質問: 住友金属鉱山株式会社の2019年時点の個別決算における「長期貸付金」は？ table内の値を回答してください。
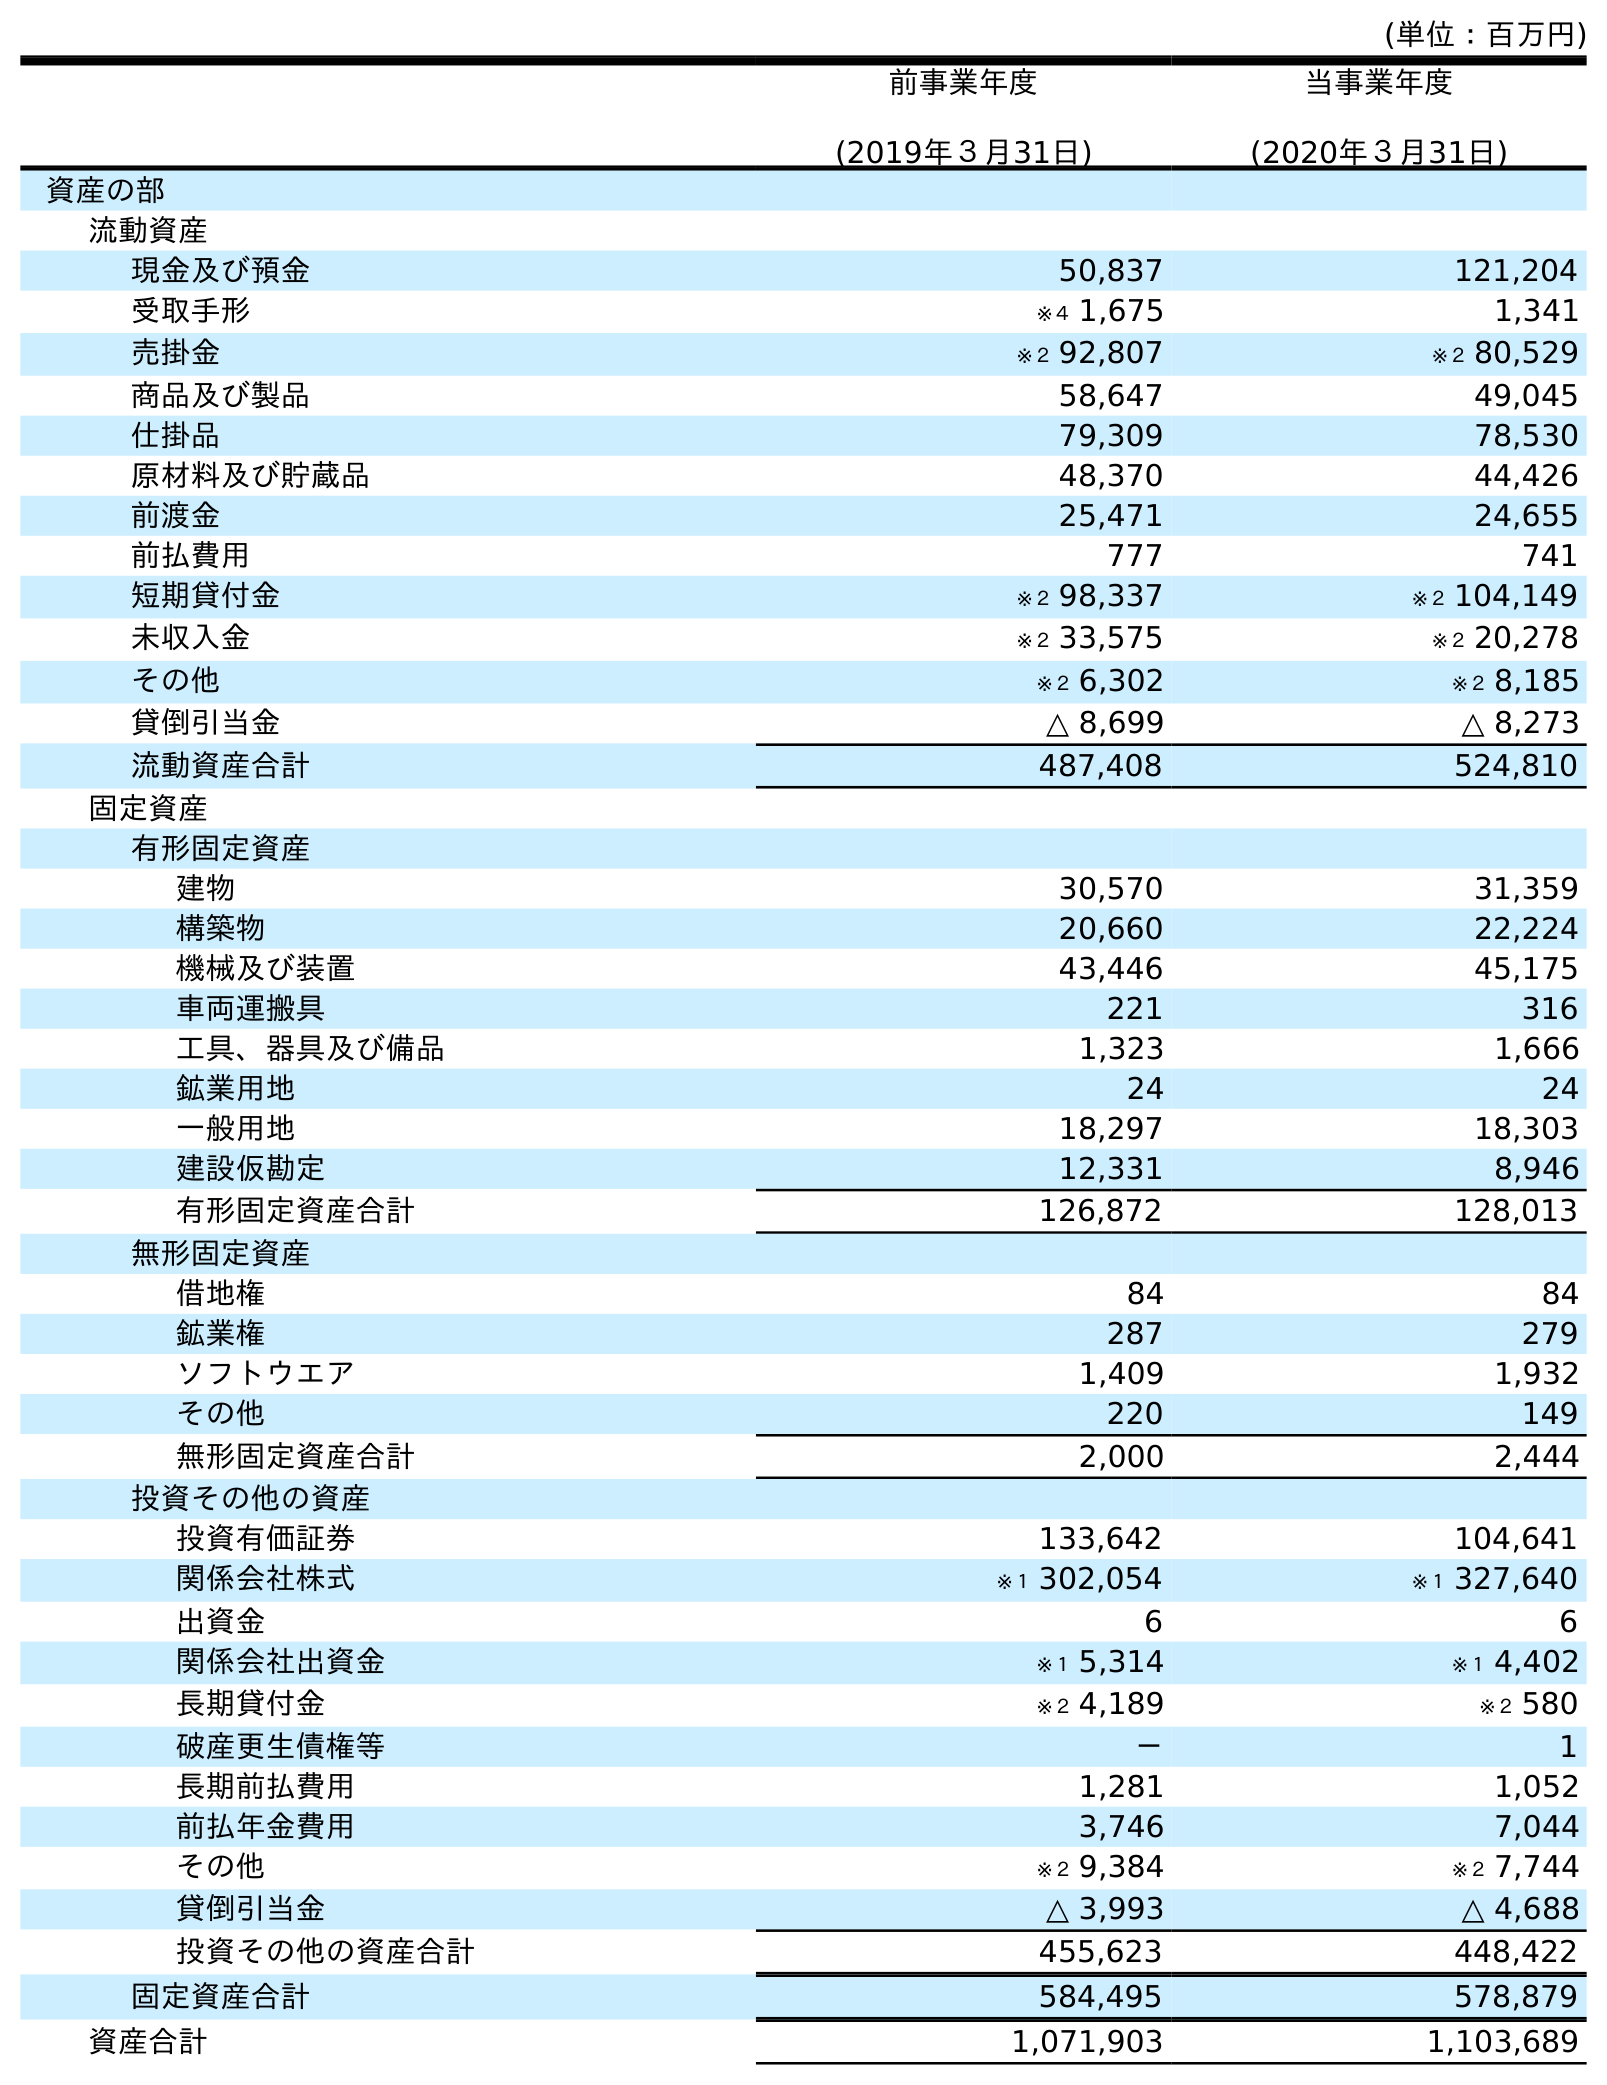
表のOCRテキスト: (単位：百万円) 前事業年度 (2019年３月31日) 当事業年度 (2020年３月31日) 資産の部 流動資産 現金及び預金 50,837 121,204 受取手形 ※４ 1,675 1,341 売掛金 ※２ 92,807 ※２ 80,529 商品及び製品 58,647 49,045 仕掛品 79,309 78,530 原材料及び貯蔵品 48,370 44,426 前渡金 25,471 24,655 前払費用 777 741 短期貸付金 ※２ 98,337 ※２ 104,149 未収入金 ※２ 33,575 ※２ 20,278 その他 ※２ 6,302 ※２ 8,185 貸倒引当金 △ 8,699 △ 8,273 流動資産合計 487,408 524,810 固定資産 有形固定資産 建物 30,570 31,359 構築物 20,660 22,224 機械及び装置 43,446 45,175 車両運搬具 221 316 工具、器具及び備品 1,323 1,666 鉱業用地 24 24 一般用地 18,297 18,303 建設仮勘定 12,331 8,946 有形固定資産合計 126,872 128,013 無形固定資産 借地権 84 84 鉱業権 287 279 ソフトウエア 1,409 1,932 その他 220 149 無形固定資産合計 2,000 2,444 投資その他の資産 投資有価証券 133,642 104,641 関係会社株式 ※１ 302,054 ※１ 327,640 出資金 6 6 関係会社出資金 ※１ 5,314 ※１ 4,402 長期貸付金 ※２ 4,189 ※２ 580 破産更生債権等 － 1 長期前払費用 1,281 1,052 前払年金費用 3,746 7,044 その他 ※２ 9,384 ※２ 7,744 貸倒引当金 △ 3,993 △ 4,688 投資その他の資産合計 455,623 448,422 固定資産合計 584,495 578,879 資産合計 1,071,903 1,103,689
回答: ※２4,189